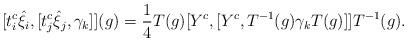
LaTeX: \begin{align*}[t_{i}^c{\hat{\xi}}_{i},[t^c_{j}{\hat{\xi}}_{j},{\gamma}_{k}]](g)=\frac{1}{4}T(g)[Y^c,[Y^c,T^{-1}(g){\gamma}_kT(g)]]T^{-1}(g).\end{align*}